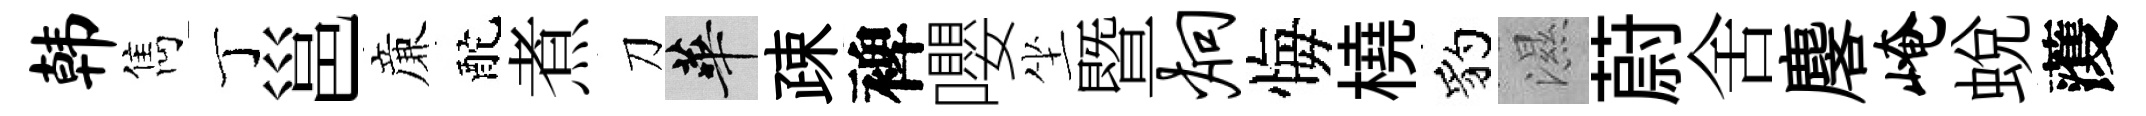
韩雋丁邕亷酡煮刀華疎裨嚶坐暨炯悔橈豹濕蔚舍麐崦蛻𮑮